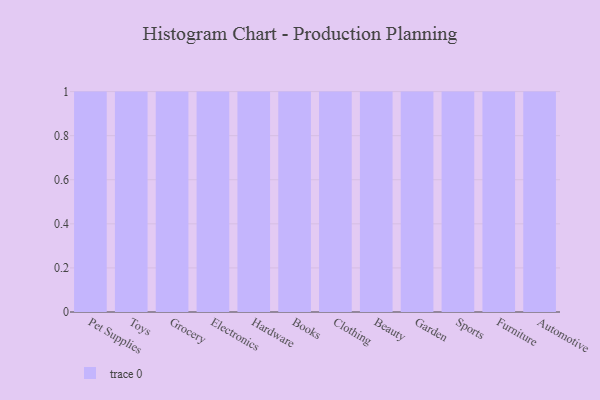
{"axis": {"x": "Category", "y": "Customer Acquisition Cost (USD)"}, "legend": [""], "data": [{"x": "Pet Supplies", "y": 70, "type": ""}, {"x": "Toys", "y": 3, "type": ""}, {"x": "Grocery", "y": 100, "type": ""}, {"x": "Electronics", "y": 58, "type": ""}, {"x": "Hardware", "y": 78, "type": ""}, {"x": "Books", "y": 61, "type": ""}, {"x": "Clothing", "y": 32, "type": ""}, {"x": "Beauty", "y": 92, "type": ""}, {"x": "Garden", "y": 44, "type": ""}, {"x": "Sports", "y": 84, "type": ""}, {"x": "Furniture", "y": 52, "type": ""}, {"x": "Automotive", "y": 8, "type": ""}]}